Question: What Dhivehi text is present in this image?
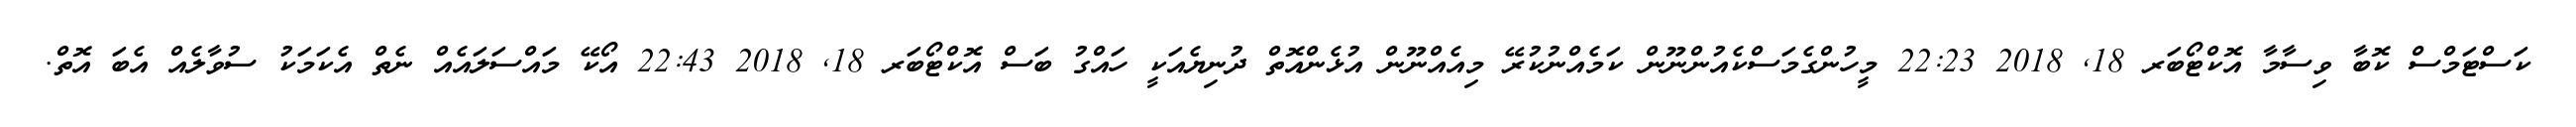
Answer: ކަސްޓަމްސް ކޮބާ ވިސާމާ އޮކްޓޯބަރ 18, 2018 22:23 މީހުންގެމަސްކެއުންނޫން ކަމެއްނުކުރޭ މިއެއްނޫން އުޅެންއޮތް ދުނިޔެއަކީ ހައްގު ބަސް އޮކްޓޯބަރ 18, 2018 22:43 އޯކޭ މައްސަލައެއް ނެތް އެކަމަކު ސުވާލެއް އެބަ އޮތް.